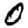
Digit: 0